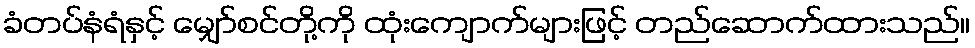
ခံတပ်နံရံနှင့် မျှော်စင်တို့ကို ထုံးကျောက်များဖြင့် တည်ဆောက်ထားသည်။